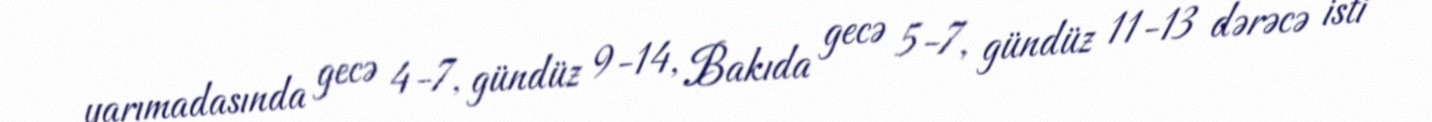
yarımadasında gecə 4-7, gündüz 9-14, Bakıda gecə 5-7, gündüz 11-13 dərəcə isti